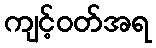
ကျင့်ဝတ်အရ